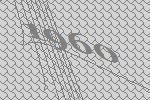
1960